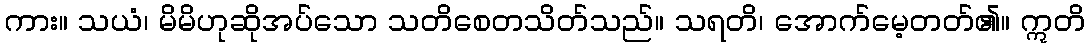
ကား။ သယံ၊ မိမိဟုဆိုအပ်သော သတိစေတသိတ်သည်။ သရတိ၊ အောက်မေ့တတ်၏။ ဣတိ